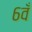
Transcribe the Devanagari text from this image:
६वँ